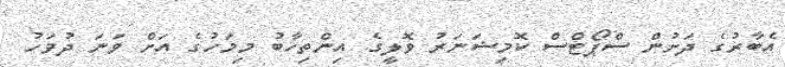
އެބާރުގެ ދަށުން ސްޕޯޓްސް ކޮމިޝަނަރު ވޮލީގެ އިންތިހާބު މިމަހުގެ އަށް ވަނަ ދުވަހު